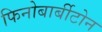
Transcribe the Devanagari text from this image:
फिनोबार्बीटोन